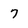
Character: 7